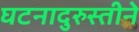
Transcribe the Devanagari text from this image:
घटनादुरुस्तीने